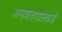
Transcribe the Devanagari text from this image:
अभयारण्यांमध्ये